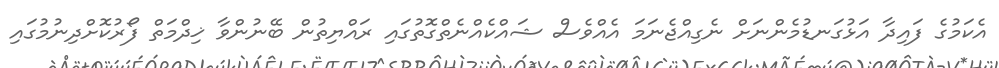
އެކަމުގެ ފައިދާ އަޅުގަނޑުމެންނަށް ނެގިއްޖެނަމަ އެއްވެސް ޝައްކެއްނެތްގޮތުގައި ރައްޔިތުން ބޭނުންވާ ޚިދްމަތް ފޯރުކޮށްދިނުމުގައި